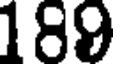
189